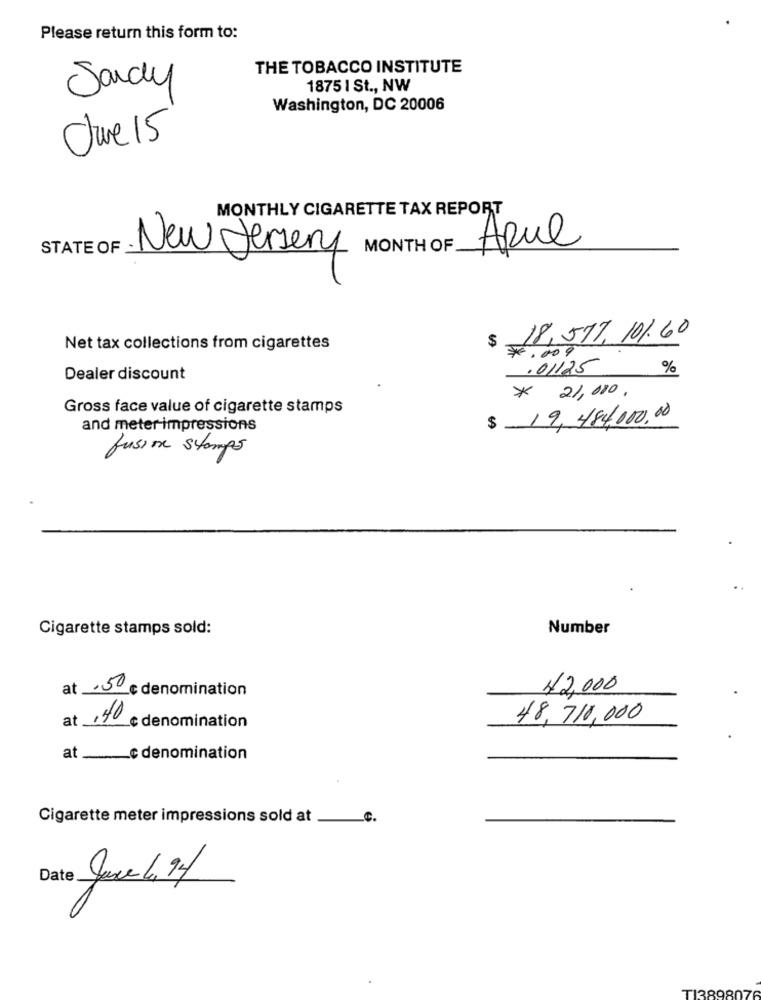
Please return this form to:
THE TOBACCO INSTITUTE
Sandy
1875 1 St ., NW
Washington, DC 20006
Owe 15
MONTHLY CIGARETTE TAX REPORT
STATE OF
MONTH OF
Apul
New Jersey
$ 18,577,101.60
Net tax collections from cigarettes
7.009
.01125
%
Dealer discount
* 21,000,
Gross face value of cigarette stamps
$ 19, 484,000.00
and meter impressions
fusion stamps
Cigarette stamps sold:
Number
at 5 c denomination
$2,000
at 140
48,710,000
c denomination
at ____ c denomination
Cigarette meter impressions sold at
c.
Date June 4 94
TI38980